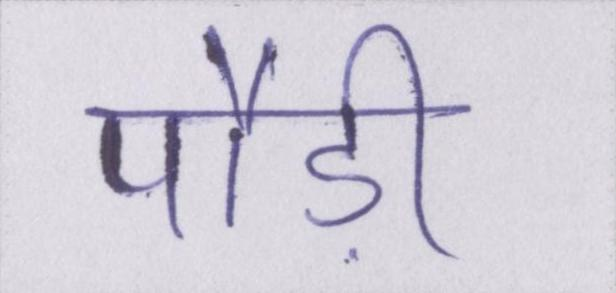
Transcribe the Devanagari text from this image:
पौड़ी